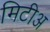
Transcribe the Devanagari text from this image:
मिटीअ